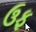
ઉફ